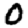
Digit: 0